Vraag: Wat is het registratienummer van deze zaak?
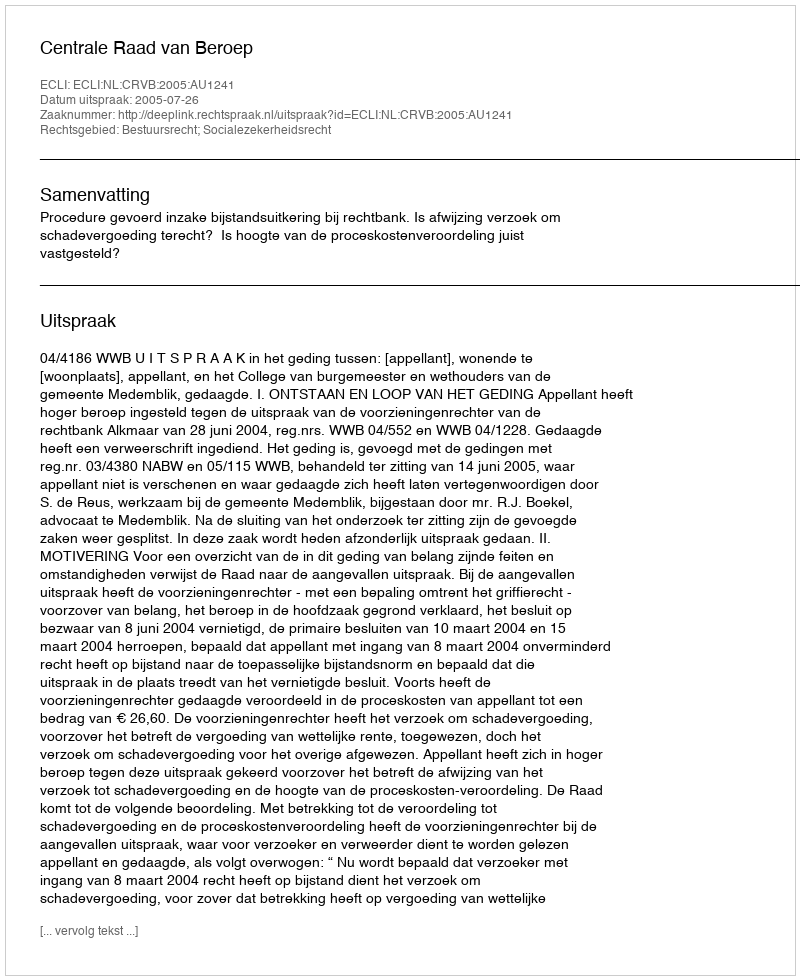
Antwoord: http://deeplink.rechtspraak.nl/uitspraak?id=ECLI:NL:CRVB:2005:AU1241